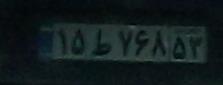
۱۵ط۷۶۸۵۳